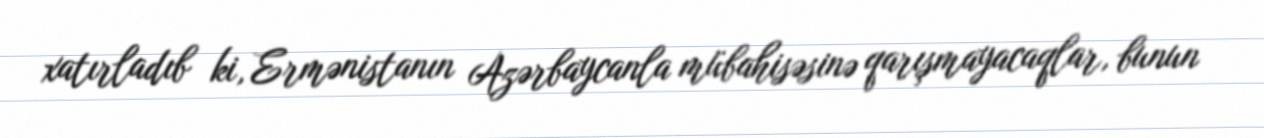
xatırladıb ki, Ermənistanın Azərbaycanla mübahisəsinə qarışmayacaqlar, bunun